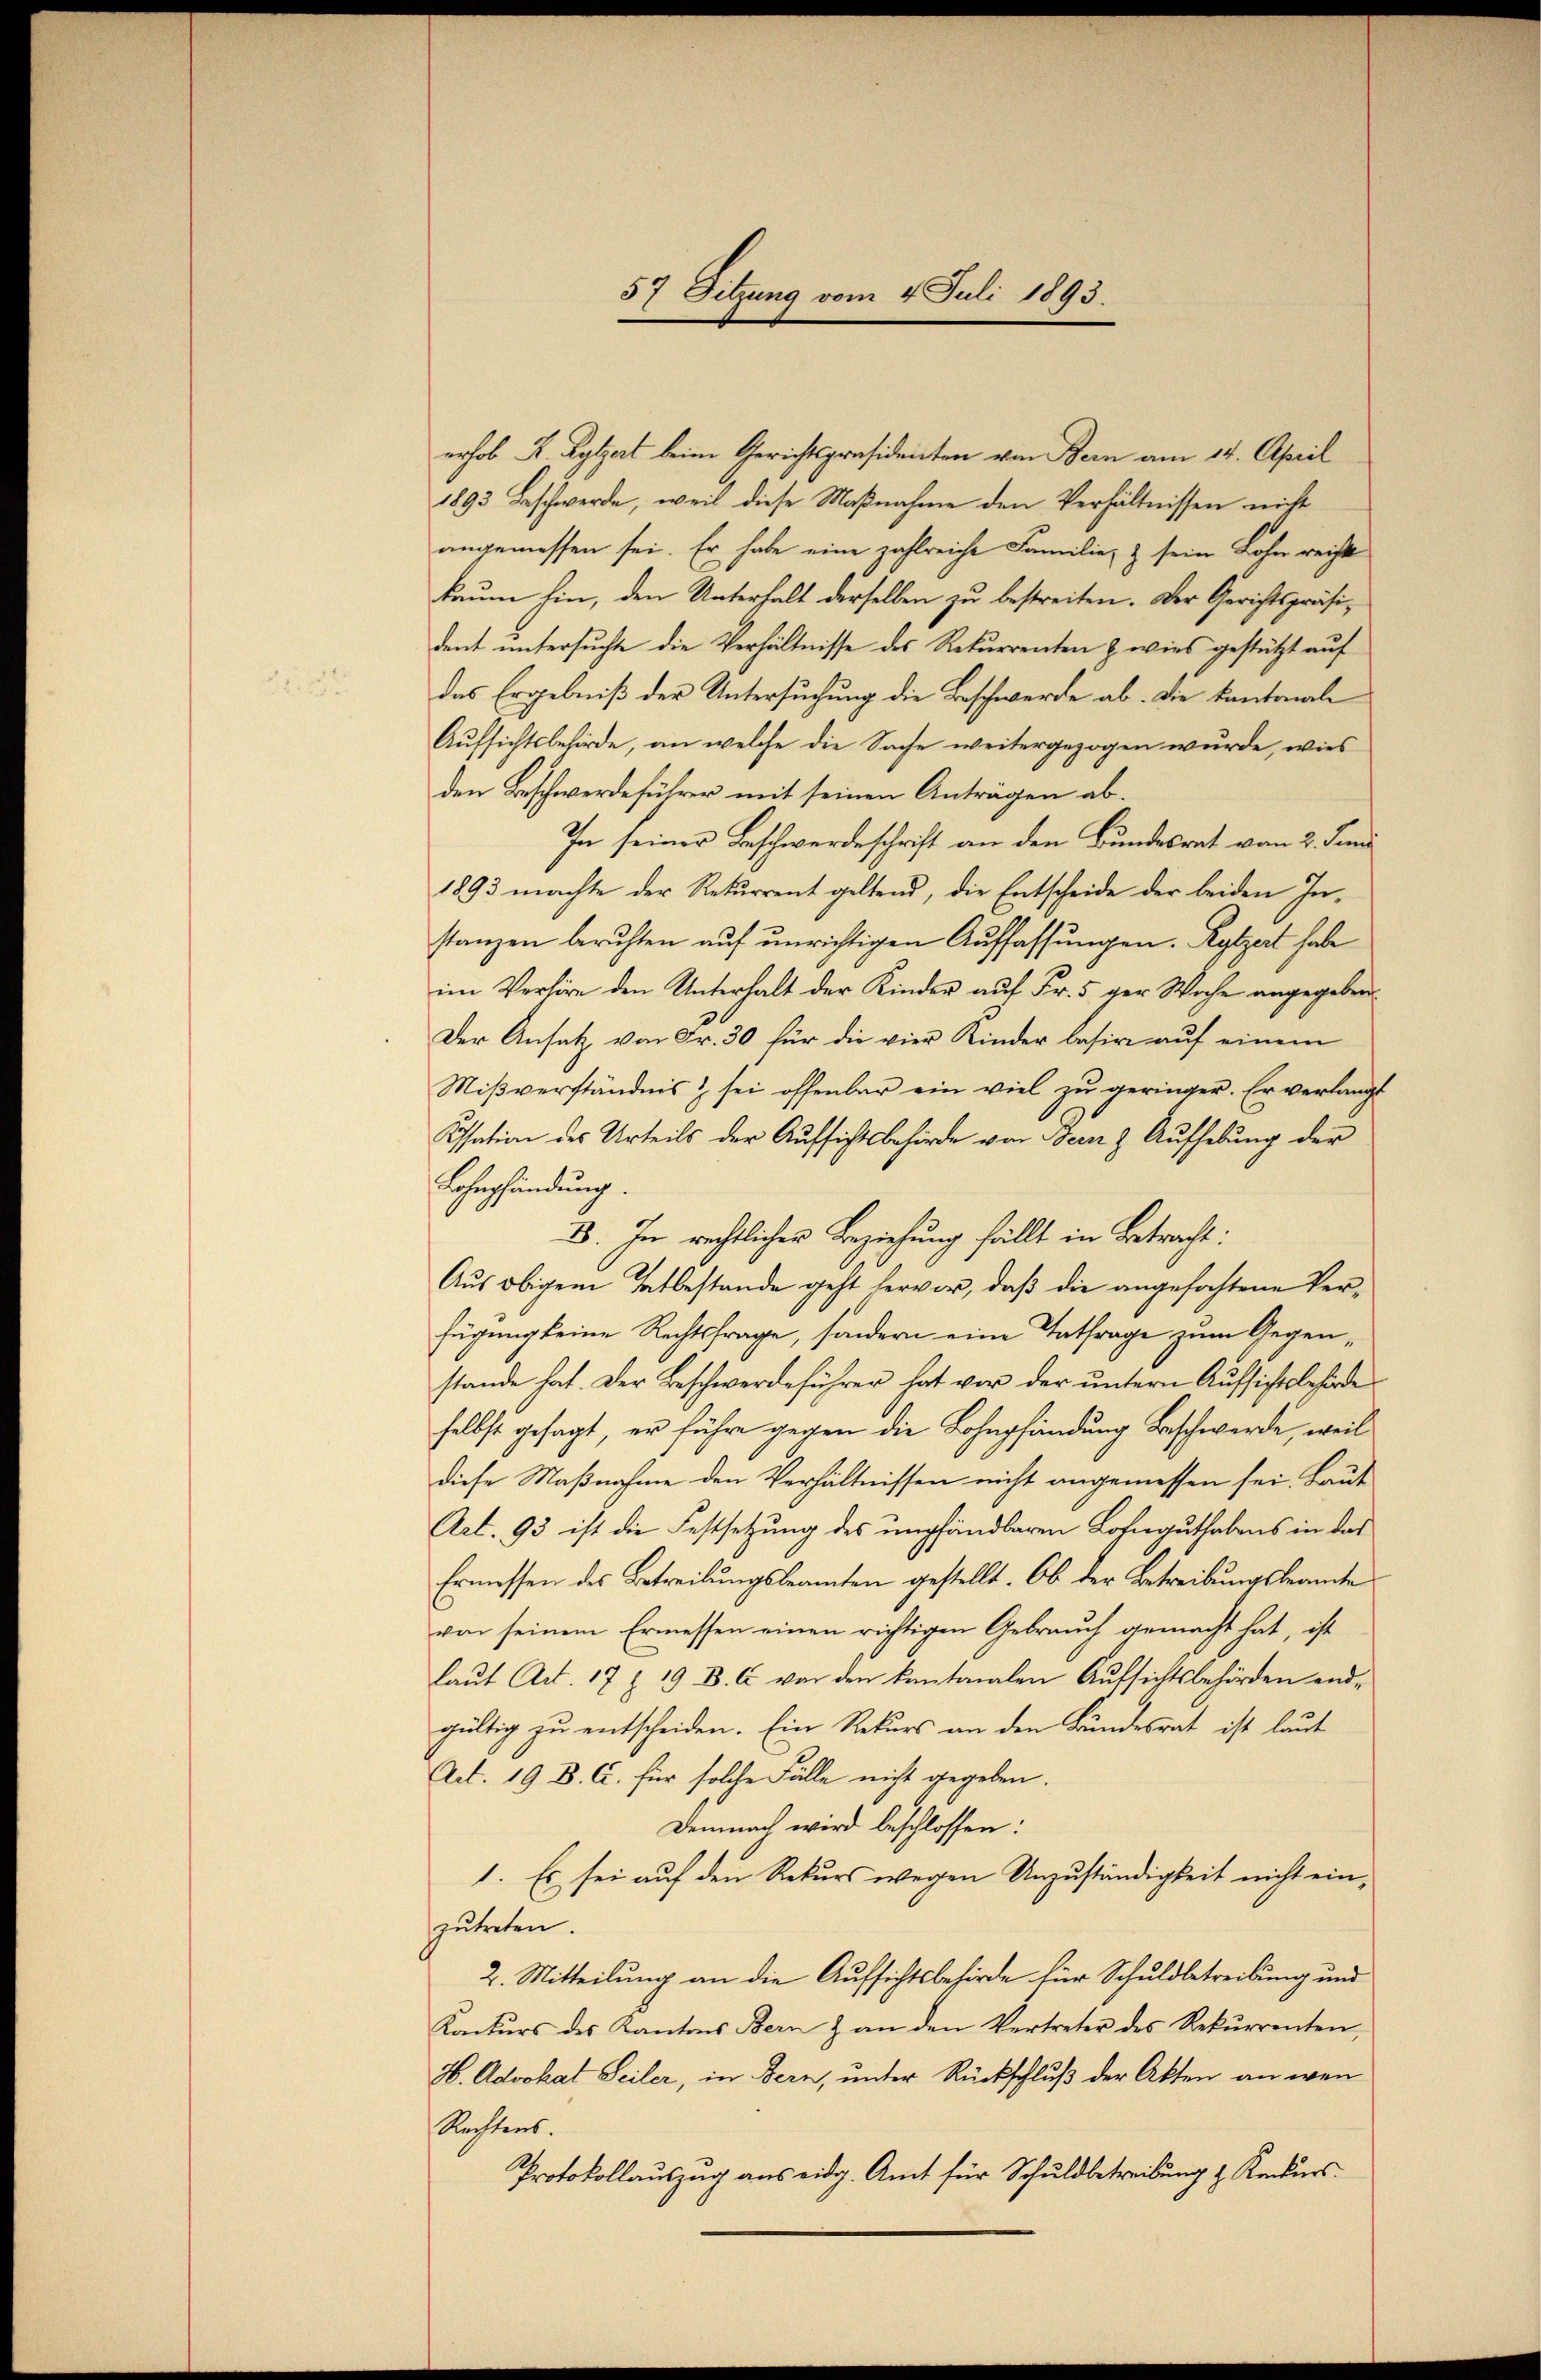
57 Sitzung vom 4. Juli 1893.

erhob K. Rylat beim Gerichtspräsidenten von Bern am 14. April
1893 Beschwerde, weil diese Maßnahme den Verhältnissen nicht
angemessen sei. Er habe eine zahlreiche Familie, & sein Lohn rechte
kaum hin, den Unterhalt derselben zu bestreiten. Der Gerichtspräsident untersuchte die Verhältnisse des Rekurrenten z. wies gestützt auf
das Ergebniß der Untersuchung die Beschwerde ab. Die Kantonale
Aufsichtsbehörde, an welche die Sache weitergezogen wurde, wies
den Beschwerdeführer mit seinen Anträgen ab¬
In seiner Beschwerdeschrift an den Bundesrat von 2. Juni
1893 machte der Rekurrent geltend, die Entscheide der beiden In-
stanzen beruhten auf unrichtigen Auffassungen. Rytzert habe
im Verhöre den Unterhalt der Kinder auf Fr. 5 der Woche angegeben
Der Ansatz von Fr. 30 für die vier Kinder basire auf einem
Mißverständnis & sei offenbar ein viel zu geringer. Er verlangt
Issation des Urteils der Aufsichtsbehörde von Sein & Aufhebung der
Ehepfändung
B. In rechtlicher Beziehung fällt in Betracht:
Aus obigem Tatbestande geht hervor, daß die angefochtene Verfügung keine Rechtsfrage, sondern eine Entfrage zum Gegenstande hat. Der Beschwerdeführer hat vor der untern Aufsichtsbehörde
selbst gesagt, er führe gegen die Lohnpfändung Beschwerde, weil
diese Maßnahme den Verhältnissen nicht angemessen sei. Baut
Art. 93 ist die Festsetzung des empfändbaren Lohnguthabens in das
Ermessen des Betreibungsbeamten gestellt. Ob der Betreibungsbeamte
von seinem Ermessen einen richtigen Gebrauch gemacht hat, ist
laŭt Art. 17 § 19 B. C. vor den kantonalen Aŭfsichtsbehörden end-
gültig zu entscheiden. Ein Rekurs an den Bundesrat ist laut
Art. 19 B. C. für solche Fälle nicht gegeben.
Demnach wird beschlossen:
1. Es sei auf den Rekurs wegen Unzuständigkeit nicht einzŭtreten.
2. Mitteilung an die Aufsichtsbehörde für Schuldbetreibung und
Konkurs des Kantons Bern & an den Vertreter des Rekurrenten,
H. Advokat Seiler, in Bern, unter Rückschluß der Akten an wen
Rechtens.
Protokollauszug aus eidg. Amt für Schuldbetreibung & Rekurs